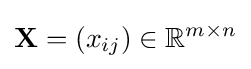
\mathbf {X} =(x_{ij})\in \mathbb {R} ^{m\times n}